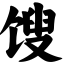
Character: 馊